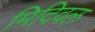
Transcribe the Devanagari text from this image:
मिदिवल